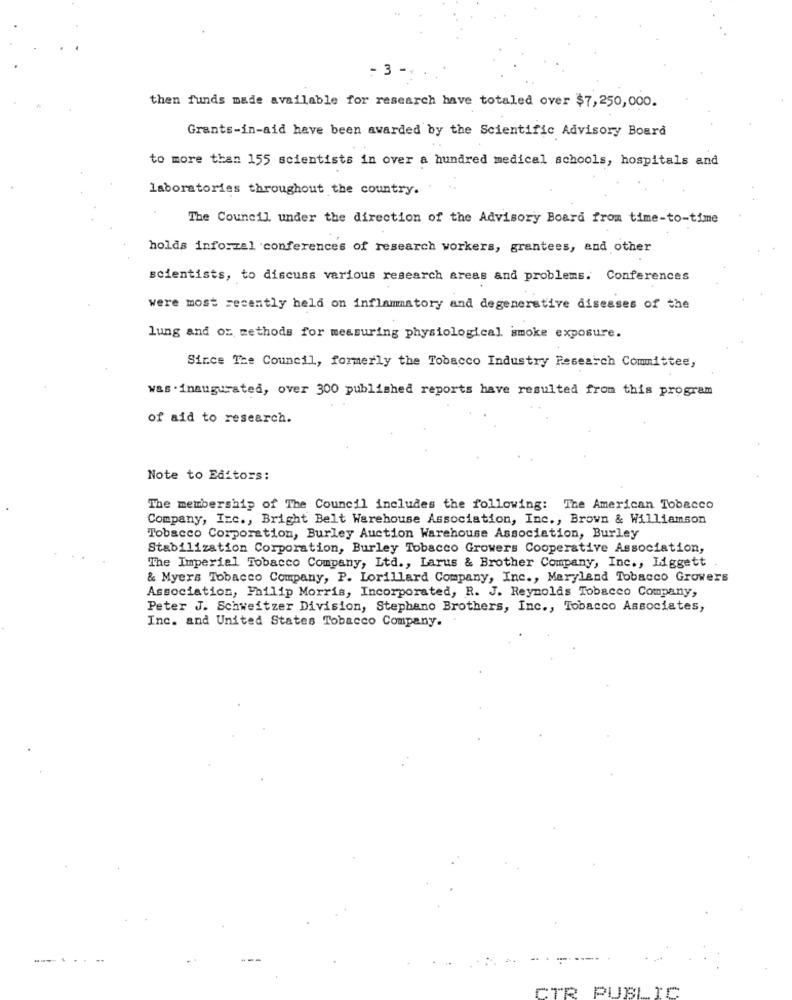
- 3 -+
then funds made available for research have totaled over $7,250,000.
Grants-in-aid have been awarded by the Scientific Advisory Board
to more than 155 scientists in over a hundred medical schools, hospitals and
laboratories throughout the country.
The Council under the direction of the Advisory Board from time-to-time
holds inforzal conferences of research workers, grantees, and other
scientists, to discuss various research areas and problems. Conferences
were most recently held on inflammatory and degenerative diseases of the
lung and oz methods for measuring physiological smoke exposure.
Since The Council, formerly the Tobacco Industry Research Committee,
was . inaugurated, over 300 published reports have resulted from this program
of aid to research.
Note to Editors:
The membership of The Council includes the following: The American Tobacco
Company, Inc ., Bright Belt Warehouse Association, Inc ., Brown & Williamson
Tobacco Corporation, Burley Auction Warehouse Association, Burley
Stabilization Corporation, Burley Tobacco Growers Cooperative Association,
The Imperial Tobacco Company, Ltd ., Larus & Brother Company, Inc ., Liggett
& Myers Tobacco Company, P. Lorillard Company, Inc ., Maryland Tobacco Growers
Association, Philip Morris, Incorporated, R. J. Reynolds Tobacco Company,
Peter J. Schweitzer Division, Stephano Brothers, Inc ., Tobacco Associates,
Inc. and United States Tobacco Company.
CTR PUBLIC